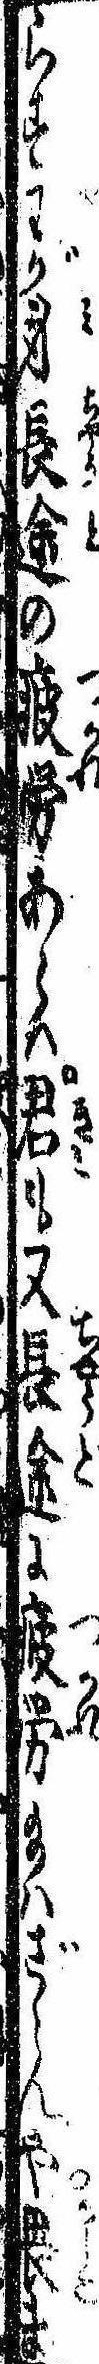
らすわが身長途の疲労あらは君も又長途に疲労給はざらんや畏け